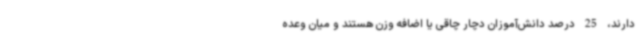
دارند، 25 درصد دانش‌آموزان دچار چاقی یا اضافه‌ وزن هستند و میان وعده